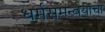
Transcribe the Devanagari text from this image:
धर्मसमन्वयाची